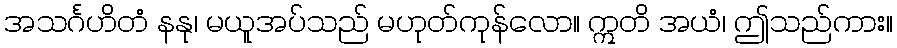
အသင်္ဂဟိတံ နနု၊ မယူအပ်သည် မဟုတ်ကုန်လော။ ဣတိ အယံ၊ ဤသည်ကား။